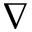
\nabla